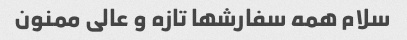
سلام همه سفارشها تازه و عالی ممنون